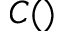
C ( )